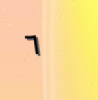
٦